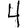
Digit: 4